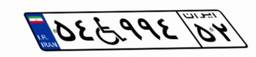
۵۴W۹۹۴۵۲